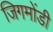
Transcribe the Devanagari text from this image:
जिगमोंडी